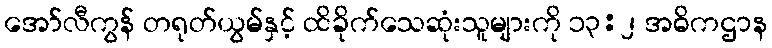
အော်လီကွန် တရုတ်ယွမ်နှင့် ထိခိုက်သေဆုံးသူများကို ၁၃:၂ အဓိကဌာန